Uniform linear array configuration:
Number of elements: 48
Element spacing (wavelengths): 1
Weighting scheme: cosine
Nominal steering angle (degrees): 0
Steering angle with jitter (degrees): -0.4124
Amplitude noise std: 0.05
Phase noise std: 0.05

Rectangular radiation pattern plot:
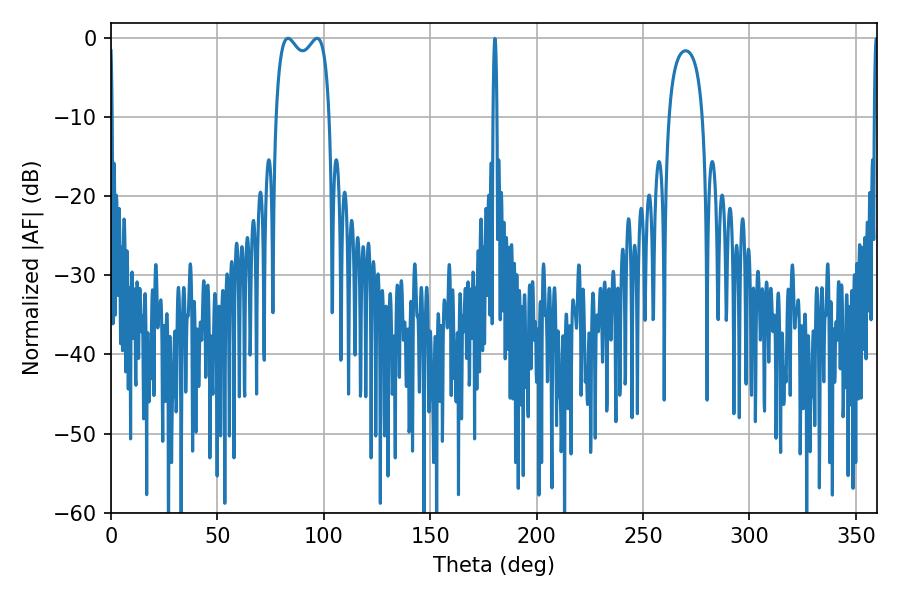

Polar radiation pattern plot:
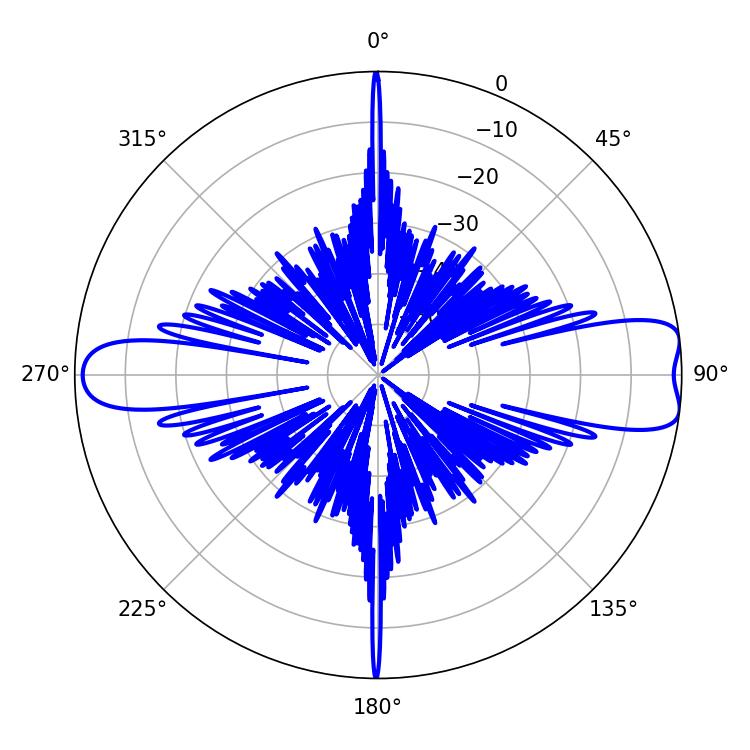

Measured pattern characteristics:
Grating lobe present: TRUE
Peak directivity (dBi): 10.177
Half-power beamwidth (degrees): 20.88
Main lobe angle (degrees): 83.16